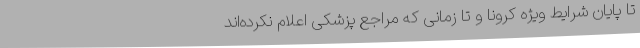
تا پایان شرایط ویژه کرونا و تا زمانی که مراجع پزشکی اعلام نکرده‌اند